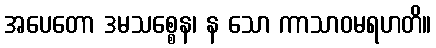
အပေတော ဒမသစ္စေန၊ န သော ကာသာဝမရဟတိ။